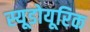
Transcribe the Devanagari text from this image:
स्यूडोयूरिक